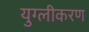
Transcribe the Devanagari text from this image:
युग्लीकरण